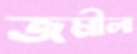
জমীলা